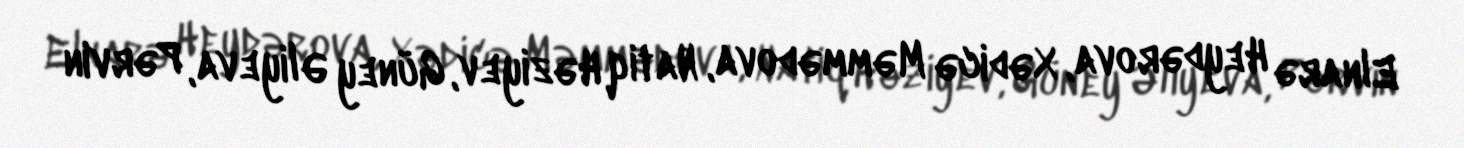
Elnarə Heydərova, Xədicə Məmmədova, Natiq Həziyev, Güney Əliyeva, Pərvin